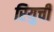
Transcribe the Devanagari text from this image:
रियुची